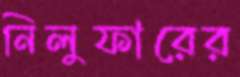
নিলুফারের